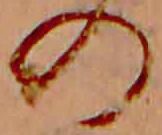
の